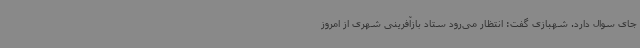
جای سوال دارد. شهبازی گفت: انتظار می‌رود ستاد بازآفرینی شهری از امروز